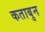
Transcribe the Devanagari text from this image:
कताबुन